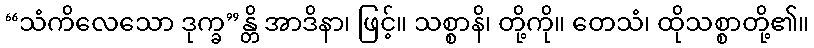
“သံကိလေသော ဒုက္ခ”န္တိ အာဒိနာ၊ ဖြင့်။ သစ္စာနိ၊ တို့ကို။ တေသံ၊ ထိုသစ္စာတို့၏။